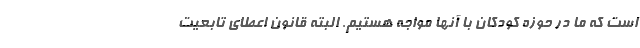
است که ما در حوزه کودکان با آنها مواجه هستیم. البته قانون اعطای تابعیت